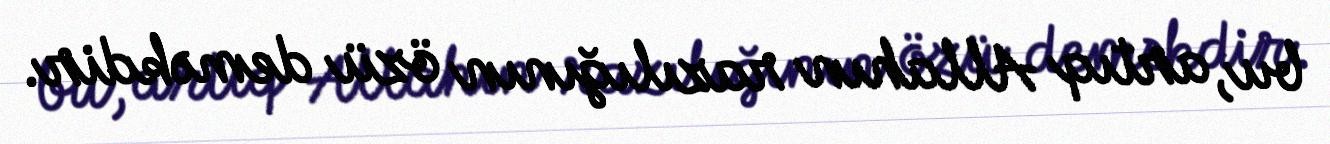
bu, artıq Allahın razılığının özü deməkdir.